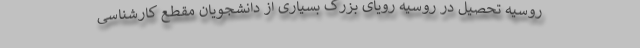
روسیه تحصیل در روسیه رویای بزرگ بسیاری از دانشجویان مقطع کارشناسی